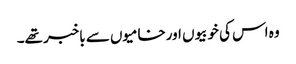
وہ اس کی خوبیوں اورخامیوں سے باخبر تھے۔